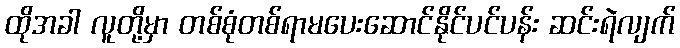
ထိုအခါ လူတို့မှာ တစ်စုံတစ်ရာမပေးဆောင်နိုင်ပင်ပန်း ဆင်းရဲလျက်